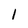
Character: 1